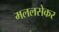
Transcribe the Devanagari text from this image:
मललसेकर